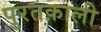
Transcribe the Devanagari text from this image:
पुरतक़ाली